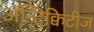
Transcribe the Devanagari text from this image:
अॅन्टिक्विटीज